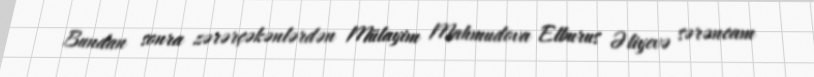
Bundan sonra zərərçəkənlərdən Mülayim Mahmudova Elburus Əliyevə sərəncam